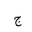
Letter: _gim